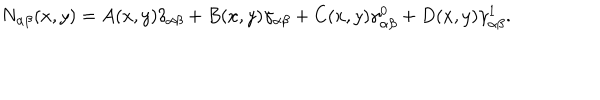
N _ { \alpha \beta } ( x , y ) = A ( x , y ) \delta _ { \alpha \beta } + B ( x , y ) \gamma _ { \alpha \beta } + C ( x , y ) \gamma _ { \alpha \beta } ^ { 0 } + D ( x , y ) \gamma _ { \alpha \beta } ^ { 1 } .